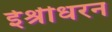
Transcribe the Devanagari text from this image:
ईश्रीधरन